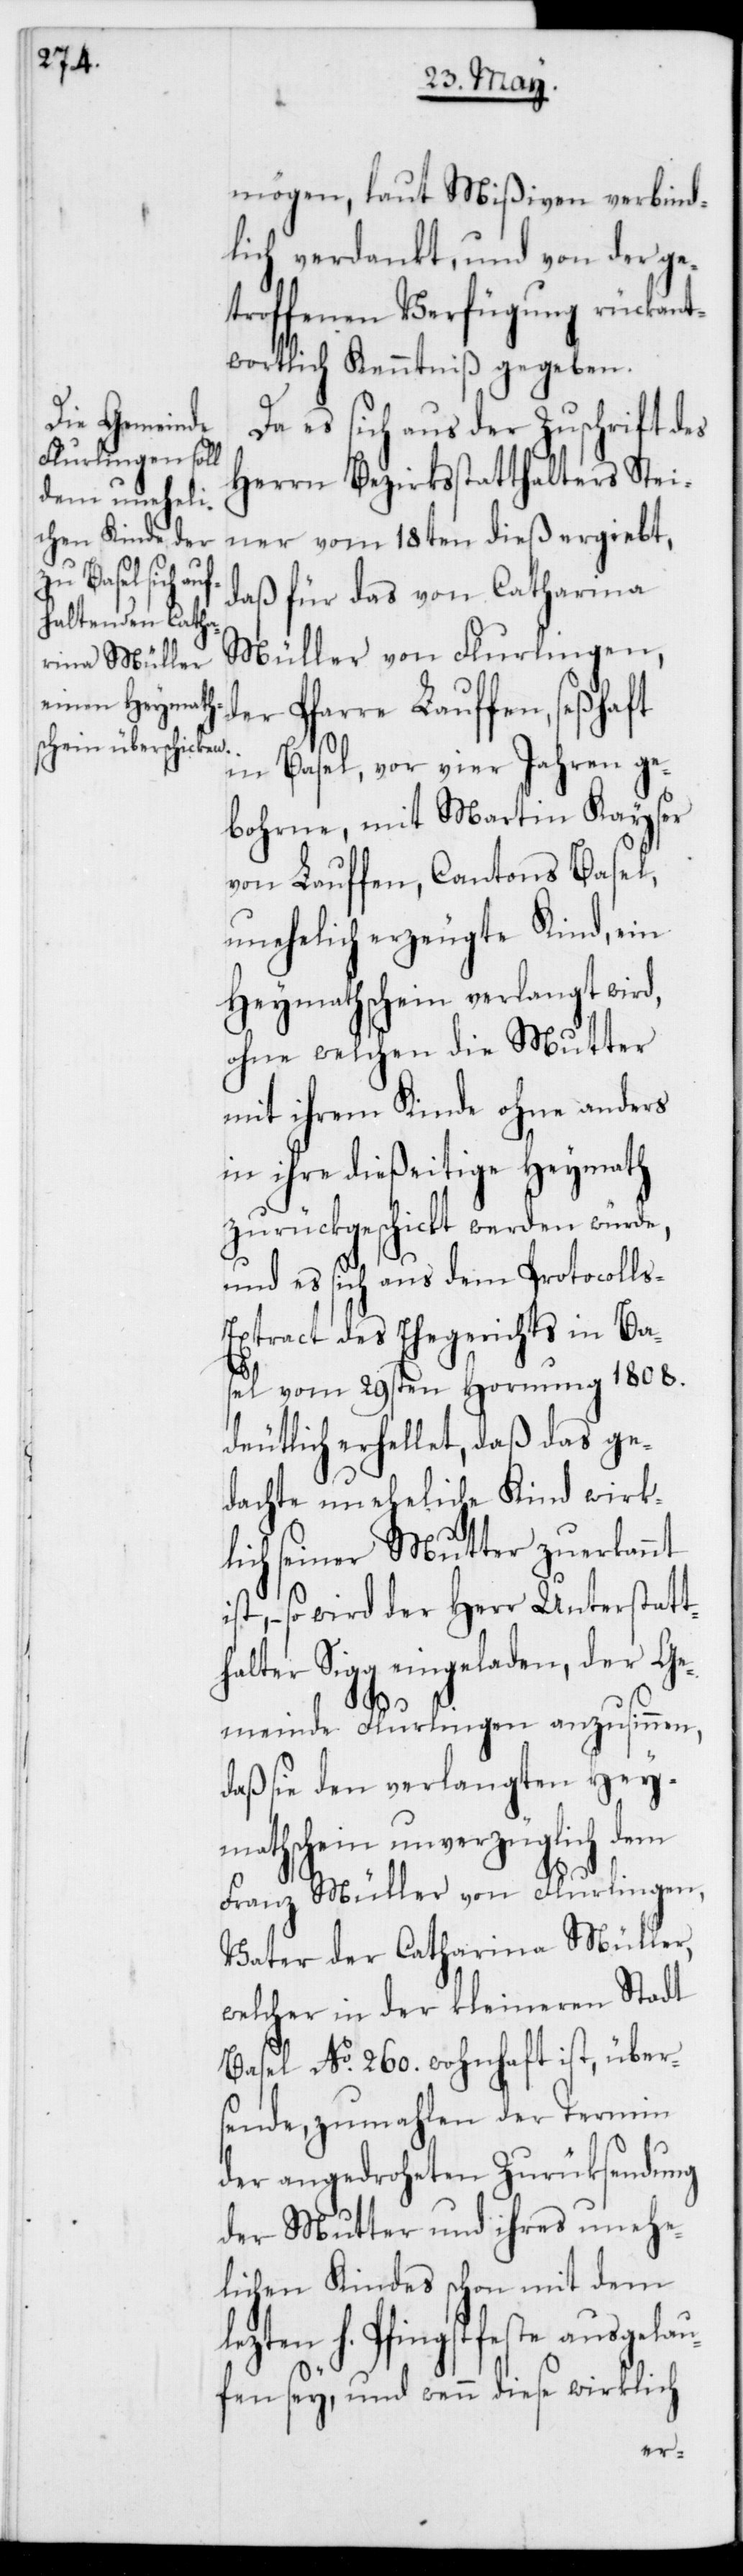
halter

mögen, laut Mißiven verbind¬
lich verdankt, und von der ge¬
troffenen Verfügung rückant¬
wortlich Kenntniß gegeben.
Da es sich aus der Zuschrift des
Herrn Bezirksstatthalters Stei¬
ner vom 18ten dieß ergiebt,
daß für das von Catharina
Müller von Flurlingen,
der Pfarre Lauffen, seßhaft
in Basel, vor vier Jahren ge¬
bohrne, mit Martin Kayser
von Lauffen, Cantons Basel,
unehelich erzeugte Kind, ein
Heymathschein verlangt wird,
ohne welchen die Mutter
mit ihrem Kinde ohne anders
in ihre dießeitige Heymath
zurückgeschickt werden würde,
und es sich aus dem Protocoll¬
s-Extract des Ehegerichts in Bas¬
el vom 29sten Hornung 1808.
deutlich erhellet, daß das ge¬
dachte uneheliche Kind wirk¬
lich seiner Mutter zuerkannt
so wird der Herr Unterstatt¬
eingeladen, der Ge¬
meinde Flurlingen anzusinnen,
daß sie den verlangten Hey¬
mathschein unverzüglich dem
Franz Müller von Flurlingen,
Vater der Catharina Müller,
welcher in der kleineren Stadt
Basel No 260. wohnhaft ist, über¬
sende, zumahlen der Termin
der angedroheten Zurücksendung
der Mutter und ihres unehe¬
lichen Kindes schon mit dem
lezten h. Pfingstfeste ausgelau¬
fen sey, und wenn diese wirklich